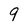
Character: 9